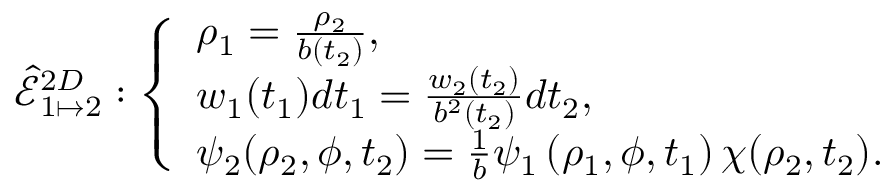
\hat { \mathcal { E } } _ { 1 \mapsto 2 } ^ { 2 D } : \left\{ \begin{array} { l l } { \rho _ { 1 } = \frac { \rho _ { 2 } } { b ( t _ { 2 } ) } , } \\ { w _ { 1 } ( t _ { 1 } ) d t _ { 1 } = \frac { w _ { 2 } ( t _ { 2 } ) } { b ^ { 2 } ( t _ { 2 } ) } d t _ { 2 } , } \\ { \psi _ { 2 } ( \rho _ { 2 } , \phi , t _ { 2 } ) = \frac { 1 } { b } \psi _ { 1 } \left( \rho _ { 1 } , \phi , t _ { 1 } \right) \chi ( \rho _ { 2 } , t _ { 2 } ) . } \end{array} \right.